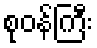
စုဝန်ကြီး